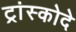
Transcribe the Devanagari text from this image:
ट्रांस्कोदे